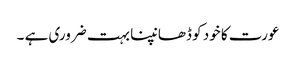
عورت کا خود کو ڈھانپنا بہت ضروری ہے ۔